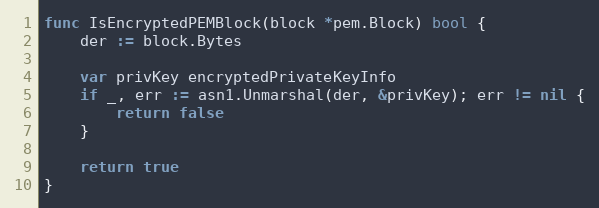
Language: Go
func IsEncryptedPEMBlock(block *pem.Block) bool {
	der := block.Bytes

	var privKey encryptedPrivateKeyInfo
	if _, err := asn1.Unmarshal(der, &privKey); err != nil {
		return false
	}

	return true
}